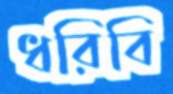
ধরিবি